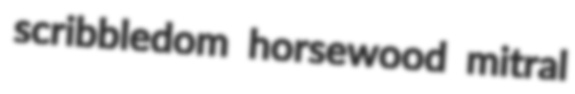
scribbledom horsewood mitral